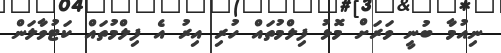
ނިއުމާ ބުނީ ވަރަށް މޮޅު ފިލްމުތައް ހުރި އިރު އެ ފިލްމުތައް ކަޓުވާލަން